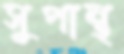
সুপান্থ